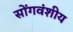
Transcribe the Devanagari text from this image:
सोंगवंशीय